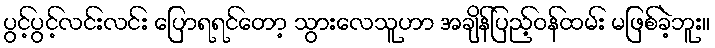
ပွင့်ပွင့်လင်းလင်း ပြောရရင်တော့ သွားလေသူဟာ အချိန်ပြည့်ဝန်ထမ်း မဖြစ်ခဲ့ဘူး။